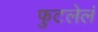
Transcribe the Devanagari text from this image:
फुटलेलं